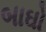
બાઘો